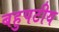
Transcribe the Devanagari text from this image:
बहुपटीय